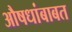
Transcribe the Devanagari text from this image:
औषधांबाबत